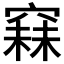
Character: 𥧙